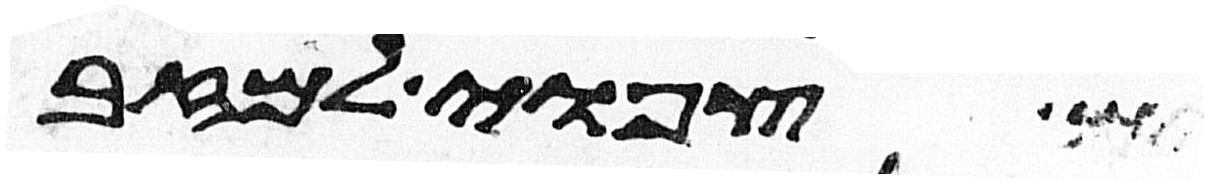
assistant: צפואי למזבח